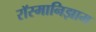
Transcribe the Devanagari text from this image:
रॉस्मानिझाम